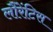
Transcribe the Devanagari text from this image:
लौरेंटिस